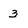
Character: 3